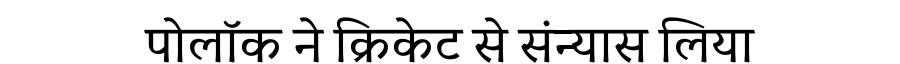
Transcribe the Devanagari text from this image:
पोलॉक ने क्रिकेट से संन्यास लिया